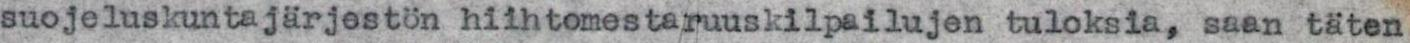
suojeluskuntajärjestön hiihtomestaruuskilpailujen tuloksia, saan täten